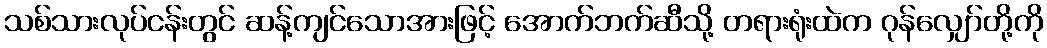
သစ်သားလုပ်ငန်းတွင် ဆန့်ကျင်သောအားဖြင့် အောက်ဘက်ဆီသို့ တရားရုံးထဲက ဂုန်လျှော်တို့ကို